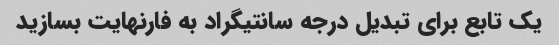
یک تابع برای تبدیل درجه سانتیگراد به فارنهایت بسازید